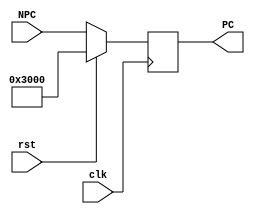
module pc(NPC,PC,rst,clk);
	input     [31:0] NPC;
	input            clk;
	input            rst;
	output reg[31:0] PC;
	initial 
	begin
		PC <= 32'h00003000;
	end
	
	always @(posedge clk)
		if(rst == 1)
			PC <= 32'h00003000;
		else
			PC <= NPC;
endmodule